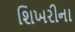
શિખરીના